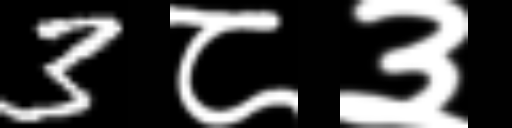
Text: 3८३